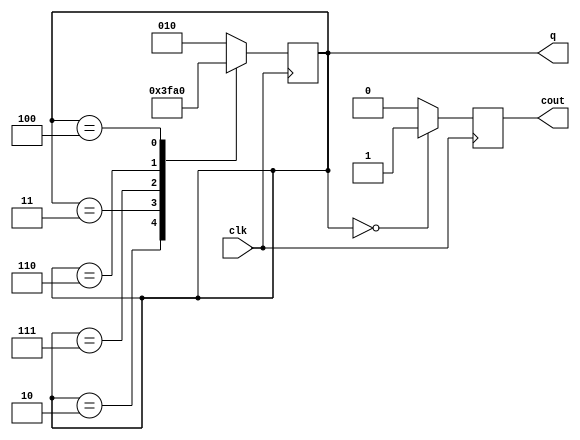
module four(
    input clk,
    output [2:0] q,
    output cout
    );

	parameter s1 = 3'b010,
				 s2 = 3'b011,
				 s3 = 3'b111,
				 s4 = 3'b110,
				 s5 = 3'b100,
				 s6 = 3'b000;
	
	always @ (posedge clk) begin
		case(q)
			s1:	q <= s2;
			s2:	q <= s3;
			s3:	q <= s4;
			s4:	q <= s5;
			s5:	q <= s6;
			s6:	q <= s1;
			default:q <= s1;
		endcase
		if(q == s6)
			cout <= 1;
		else
			cout <= 0;
	end

endmodule